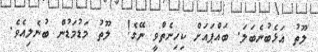
ލޫތު އަޅެބުނެބަލަ. ބައްޕައަށް ކިހިނެތްވީ ނޭގެ!  ލޫތު މަޑުމަޑުން ބުނެލިއެވެ.